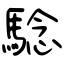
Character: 騐